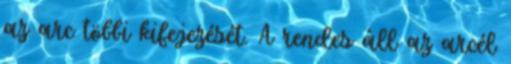
az arc többi kifejezését. A rendes áll az arcél